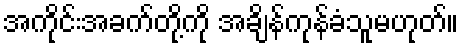
အကိုင်းအခက်တို့ကို အချိန်ကုန်ခံသူမဟုတ်။